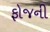
ફોજની